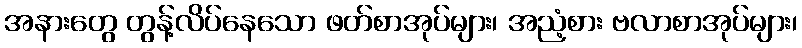
အနားတွေ တွန့်လိပ်နေသော ဖတ်စာအုပ်များ၊ အညံ့စား ဗလာစာအုပ်များ၊